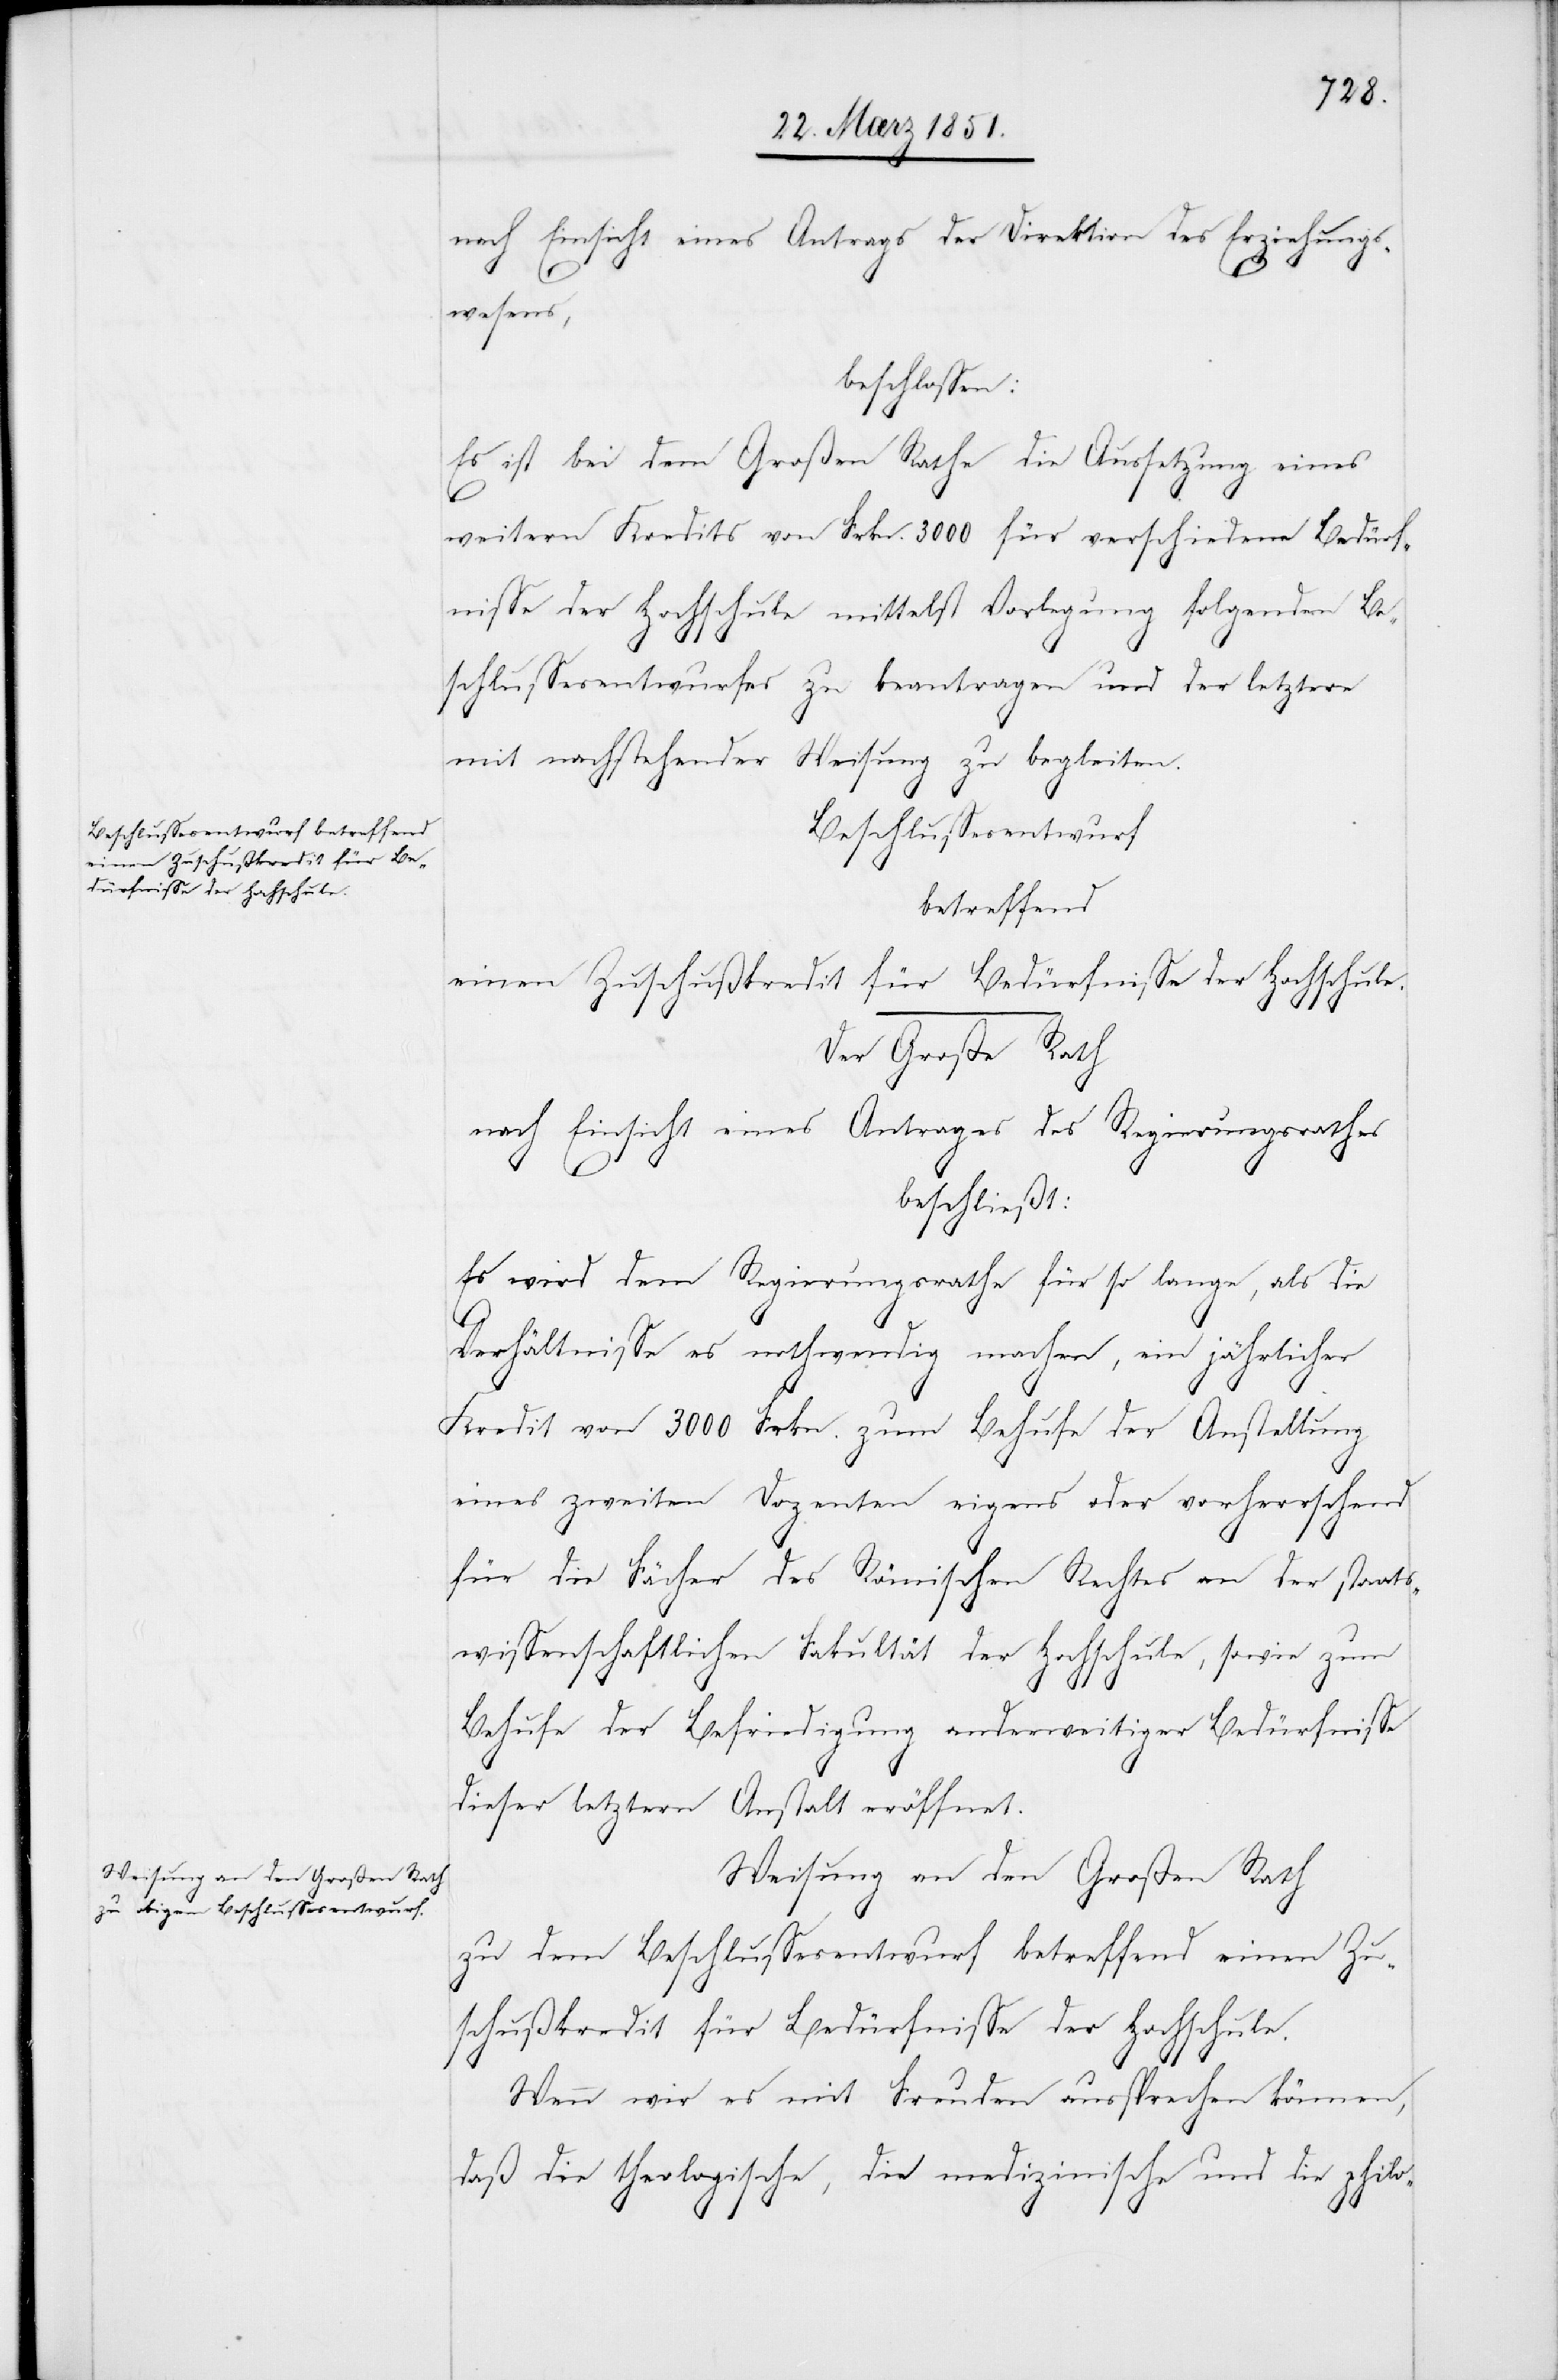
einen Zuschußkredit für Be¬
dürfnisse der Hochschule.

nach Einsicht eines Antrags der Direktion des Erziehungs¬
wesens,
beschlossen:
Es ist bei dem Großen Rathe die Aussetzung eines
weitern Kredits von Frkn. 3000 für verschiedene Bedürf¬
nisse der Hochschule mittelst Vorlegung folgenden Be¬
schlussesentwurfes zu beantragen und der letztere
mit nachstehender Weisung zu begleiten.
Beschlussesentwurf
betreffend
Der Große Rath
nach Einsicht eines Antrages des Regierungsrathes
beschließt:
Es wird dem Regierungsrathe für so lange, als die
Verhältnisse es nothwendig machen, ein jährlicher
Kredit von 3000 Frkn. zum Behufe der Anstellung
eines zweiten Dozenten eigens oder vorherrschend
für die Fächer des Römischen Rechtes an der staats¬
wissenschaftlichen Fakultät der Hochschule, sowie zum
Behufe der Befriedigung anderweitiger Bedürfnisse
dieser letztern Anstalt eröffnet.
Weisung an den Großen Rath
zu dem Beschlussesentwurf betreffend einen Zu¬
schußkredit für Bedürfnisse der Hochschule.
Wenn wir es mit Freuden aussprechen können,
daß die theologische, die medizinische und die philo-